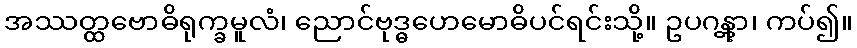
အဿတ္ထဗောဓိရုက္ခမူလံ၊ ညောင်ဗုဒ္ဓဟေမောဓိပင်ရင်းသို့။ ဥပဂန္တွာ၊ ကပ်၍။